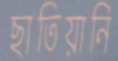
ছাতিয়ানি